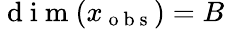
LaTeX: \mathrm{~d~i~m~}(x_{\mathrm{~o~b~s~}})=B